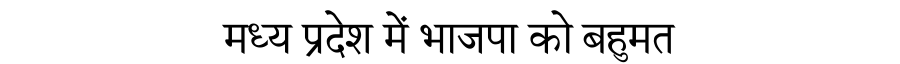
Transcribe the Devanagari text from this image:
मध्य प्रदेश में भाजपा को बहुमत